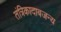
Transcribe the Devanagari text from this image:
तंत्रिकादाबजन्य